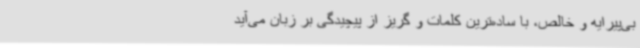
بی‌پیرایه و خالص، با ساده‌ترین کلمات و گریز از پیچیدگی بر زبان می‌آید